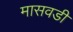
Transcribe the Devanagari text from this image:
मासवडी